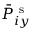
\bar { P } _ { i y } ^ { \mathrm { ~ s ~ } }